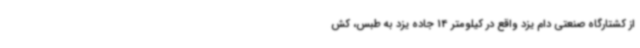
از کشتارگاه صنعتی دام یزد واقع در کیلومتر 14 جاده یزد به طبس‌، کش